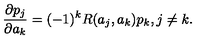
{ \frac { \partial p _ { j } } { \partial a _ { k } } } = ( - 1 ) ^ { k } R ( a _ { j } , a _ { k } ) p _ { k } , j \neq k .